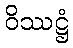
ဝိဿဋ္ဌံ